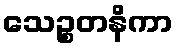
သေဉ္စတနိကာ